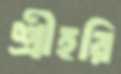
শ্রীহরি